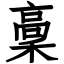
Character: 稾